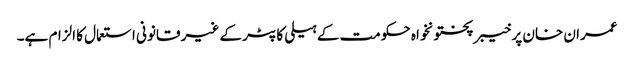
عمران خان پر خیبر پختونخواہ حکومت کے ہیلی کاپٹر کے غیر قانونی استعمال کا الزام ہے۔